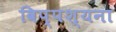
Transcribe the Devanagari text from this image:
विप्पश्यना